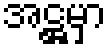
အဋ္ဌမှာ